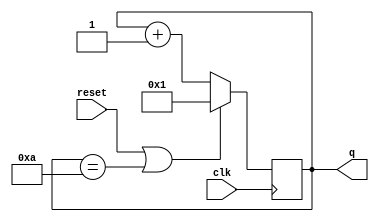
module top_module (
    input clk,
    input reset,
    output [3:0] q);

    always @(posedge clk) begin
        if(reset | q == 4'b1010) q <= 4'b0001;
        else q <= q + 4'b0001;
    end
    
endmodule